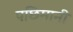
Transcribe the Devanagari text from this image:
पछिमानी